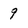
Character: 9